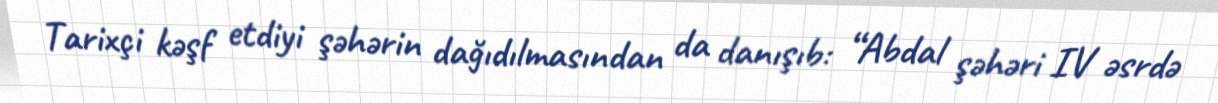
Tarixçi kəşf etdiyi şəhərin dağıdılmasından da danışıb: “Abdal şəhəri IV əsrdə